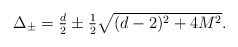
\begin{align*}\textstyle \Delta_\pm = \frac d2 \pm \frac 12 \sqrt{(d-2)^2+4M^2}.\end{align*}